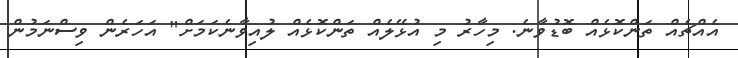
އެއްޗެއް ތަންކޮޅެއް ބޮޑުވާނެ. މިހާރު މި އުޅޭލެއް ތަންކޮޅެއް ލުއިވާނެކަމަށް" އަހަރެން ވިސްނަމުން